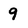
Character: 9